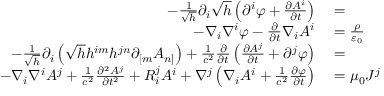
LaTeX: \begin{array} { r l } { - { \frac { 1 } { \sqrt { h } } } \partial _ { i } { \sqrt { h } } \left( \partial ^ { i } \varphi + { \frac { \partial A ^ { i } } { \partial t } } \right) } & { { } = } \\ { - \nabla _ { i } \nabla ^ { i } \varphi - { \frac { \partial } { \partial t } } \nabla _ { i } A ^ { i } } & { { } = { \frac { \rho } { \varepsilon _ { 0 } } } } \\ { - { \frac { 1 } { \sqrt { h } } } \partial _ { i } \left( { \sqrt { h } } h ^ { i m } h ^ { j n } \partial _ { [ m } A _ { n ] } \right) + { \frac { 1 } { c ^ { 2 } } } { \frac { \partial } { \partial t } } \left( { \frac { \partial A ^ { j } } { \partial t } } + \partial ^ { j } \varphi \right) } & { { } = } \\ { - \nabla _ { i } \nabla ^ { i } A ^ { j } + { \frac { 1 } { c ^ { 2 } } } { \frac { \partial ^ { 2 } A ^ { j } } { \partial t ^ { 2 } } } + R _ { i } ^ { j } A ^ { i } + \nabla ^ { j } \left( \nabla _ { i } A ^ { i } + { \frac { 1 } { c ^ { 2 } } } { \frac { \partial \varphi } { \partial t } } \right) } & { { } = \mu _ { 0 } J ^ { j } } \end{array}